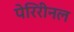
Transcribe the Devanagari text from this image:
पेरिरीनल